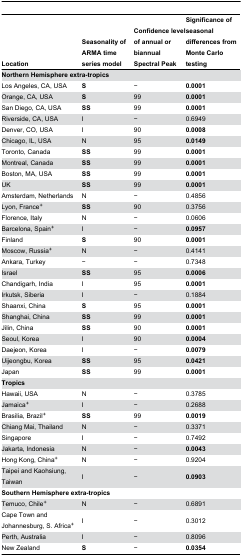
| Location | Seasonality of ARMA time series model | Confidence level of annual or biannual Spectral Peak | Significance of seasonal differences from Monte Carlo testing |
 | --- | --- | --- | --- |
 | <COLSPAN=4> Northern Hemisphere extra-tropics |
 | Los Angeles, CA, USA | S | − | 0.0001 |
 | Orange, CA, USA | S | 99 | 0.0001 |
 | San Diego, CA, USA | SS | 99 | 0.0001 |
 | Riverside, CA, USA | I | − | 0.6949 |
 | Denver, CO, USA | I | 90 | 0.0008 |
 | Chicago, IL, USA | N | 95 | 0.0149 |
 | Toronto, Canada | SS | 99 | 0.0001 |
 | Montreal, Canada | SS | 99 | 0.0001 |
 | Boston, MA, USA | SS | 99 | 0.0001 |
 | UK | SS | 99 | 0.0001 |
 | Amsterdam, Netherlands | N | − | 0.4856 |
 | Lyon, France+ | SS | 90 | 0.3756 |
 | Florence, Italy | N | − | 0.0606 |
 | Barcelona, Spain+ | I | − | 0.0957 |
 | Finland | S | 90 | 0.0001 |
 | Moscow, Russia+ | N | − | 0.4141 |
 | Ankara, Turkey | − | − | 0.7348 |
 | Israel | SS | 95 | 0.0006 |
 | Chandigarh, India | I | 95 | 0.0001 |
 | Irkutsk, Siberia | I | − | 0.1884 |
 | Shaanxi, China | S | 95 | 0.0001 |
 | Shanghai, China | SS | 99 | 0.0001 |
 | Jilin, China | SS | 90 | 0.0001 |
 | Seoul, Korea | I | 90 | 0.0004 |
 | Daejeon, Korea | I | − | 0.0079 |
 | Uijeongbu, Korea | SS | 95 | 0.0421 |
 | Japan | SS | 99 | 0.0001 |
 | <COLSPAN=4> Tropics |
 | Hawaii, USA | N | − | 0.3785 |
 | Jamaica+ | I | − | 0.2688 |
 | Brasilia, Brazil+ | SS | 99 | 0.0019 |
 | Chiang Mai, Thailand | N | − | 0.3371 |
 | Singapore | I | − | 0.7492 |
 | Jakarta, Indonesia | N | − | 0.0043 |
 | Hong Kong, China+ | N | − | 0.9204 |
 | Taipei and Kaohsiung, Taiwan | I | − | 0.0903 |
 | <COLSPAN=4> Southern Hemisphere extra-tropics |
 | Temuco, Chile+ | N | − | 0.6891 |
 | Cape Town and Johannesburg, S. Africa+ | I | − | 0.3012 |
 | Perth, Australia | I | − | 0.8096 |
 | New Zealand | S | − | 0.0354 |